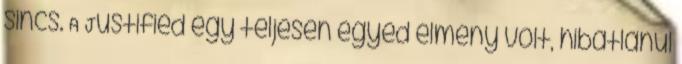
sincs. A Justified egy teljesen egyed élmény volt, hibátlanul